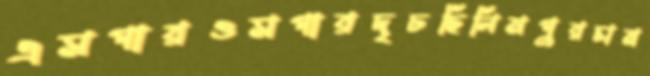
এসপারওসপারদৃঢছিলিমপুরচাম